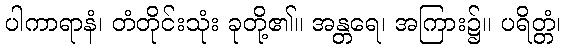
ပါကာရာနံ၊ တံတိုင်းသုံး ခုတို့၏။ အန္တရေ၊ အကြား၌။ ပရိတ္တံ၊